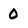
Character: 0